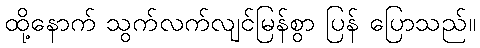
ထို့နောက် သွက်လက်လျင်မြန်စွာ ပြန် ပြောသည်။